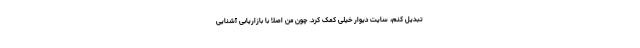
تبدیل کنم، سایت دیوار خیلی کمک کرد. چون من اصلاً با بازاریابی آشنایی